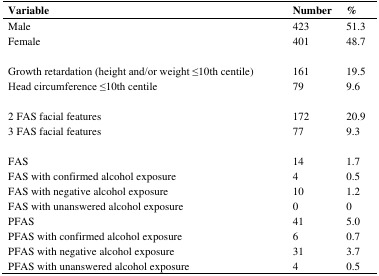
<table><thead><tr><td><b>Variable</b></td><td><b>Number</b></td><td><b>%</b></td></tr></thead><tbody><tr><td>Male </td><td>423</td><td>51.3</td></tr><tr><td>Female</td><td>401</td><td>48.7</td></tr><tr><td>Growth retardation (height and/or weight ≤10th centile)</td><td>161</td><td>19.5</td></tr><tr><td>Head circumference ≤10th centile</td><td>79</td><td>9.6</td></tr><tr><td>2 FAS facial features</td><td>172</td><td>20.9</td></tr><tr><td>3 FAS facial features</td><td>77</td><td>9.3</td></tr><tr><td>FAS</td><td>14</td><td>1.7</td></tr><tr><td>FAS with confirmed alcohol exposure</td><td>4</td><td>0.5</td></tr><tr><td>FAS with negative alcohol exposure</td><td>10</td><td>1.2</td></tr><tr><td>FAS with unanswered alcohol exposure</td><td>0</td><td>0</td></tr><tr><td>PFAS</td><td>41</td><td>5.0</td></tr><tr><td>PFAS with confirmed alcohol exposure</td><td>6</td><td>0.7</td></tr><tr><td>PFAS with negative alcohol exposure</td><td>31</td><td>3.7</td></tr><tr><td>PFAS with unanswered alcohol exposure</td><td>4</td><td>0.5</td></tr></tbody></table>